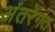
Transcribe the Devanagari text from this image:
अंतरेगत